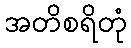
အတိစရိတုံ